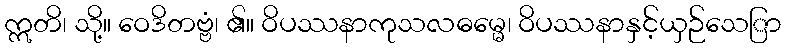
ဣတိ၊ သို့။ ဝေဒိတဗ္ဗံ၊ ၏။ ဝိပဿနာကုသလဓမ္မေ၊ ဝိပဿနာနှင့်ယှဉ်သေြာ